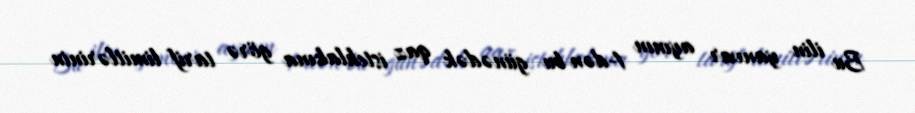
Bu ilin yanvar ayının 1-dən bu günədək qaz istehlakına görə tarif limitlərinin